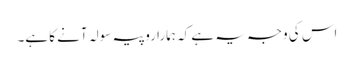
اس کی وجہ یہ ہے کہ ہمارا روپیہ سولہ آنے کا ہے۔